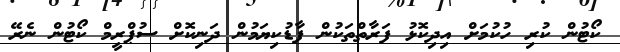
ކޯޓުން ކުރި ހުކުމަށް އިދިކޮޅު ފަރާތްތަކުން ފާޑުކިޔަމުން ދަނިކޮށް ސުޕްރީމް ކޯޓުން ނެރޭ